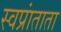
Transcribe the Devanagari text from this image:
स्वप्रांताता